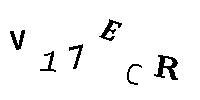
V11ECR